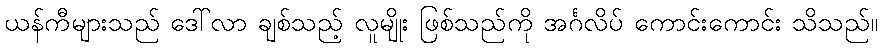
ယန်ကီများသည် ဒေါ်လာ ချစ်သည့် လူမျိုး ဖြစ်သည်ကို အင်္ဂလိပ် ကောင်းကောင်း သိသည်။